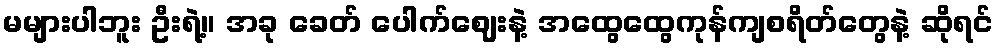
မများပါဘူး ဦးရဲ့။ အခု ခေတ် ပေါက်ဈေးနဲ့ အထွေထွေကုန်ကျစရိတ်တွေနဲ့ ဆိုရင်